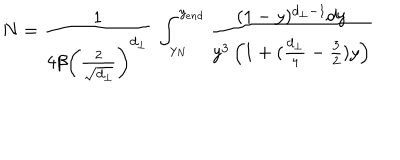
N = \frac { 1 } { 4 \beta \left( \frac { 2 } { \sqrt { d _ { \perp } } } \right) ^ { d _ { \perp } } } ~ \int _ { y _ { N } } ^ { y _ { e n d } } \frac { ( 1 - y ) ^ { d _ { \perp } - 1 } d y } { y ^ { 3 } \left( 1 + ( \frac { d _ { \perp } } { 4 } - \frac { 3 } { 2 } ) y \right) }